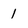
Character: 1